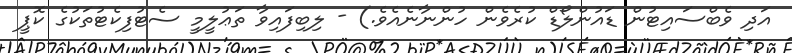
އަދި ވެބްސައިޓުން ޑައުންލޯޑް ކުރެވެން ހުންނާނެއެވެ.) - ލިބިފައިވާ ތަޢުލީމީ ސެޓުފިކެޓުތަކުގެ ކޮޕީ